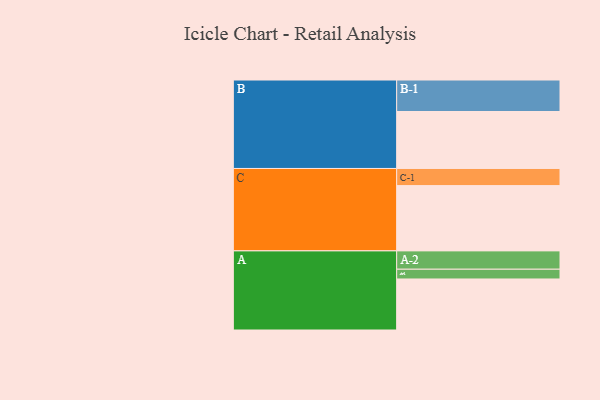
{"axis": {"x": "Segment", "y": "Value"}, "legend": ["", "A", "B", "C"], "data": [{"x": "A", "y": 387, "type": ""}, {"x": "B", "y": 432, "type": ""}, {"x": "C", "y": 495, "type": ""}, {"x": "A-1", "y": 74, "type": "A"}, {"x": "A-2", "y": 139, "type": "A"}, {"x": "B-1", "y": 239, "type": "B"}, {"x": "C-1", "y": 130, "type": "C"}]}